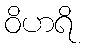
ဝိဟရိ